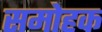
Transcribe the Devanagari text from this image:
समोहक